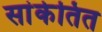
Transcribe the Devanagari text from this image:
सांकेतित